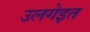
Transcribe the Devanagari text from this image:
उलगेइत